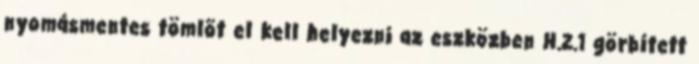
nyomásmentes tömlõt el kell helyezni az eszközben H.2.1 görbített